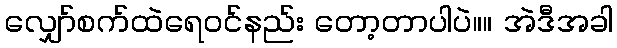
လျှော်စက်ထဲရေ၀င်နည်း တော့တာပါပဲ။။ အဲဒီအခါ